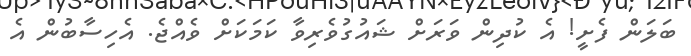
ބަލަން ފެށީ! އެ ކުދިން ވަރަށް ޝައުގުވެރިވާ ކަމަކަށް ވެއްޖެ. އެހިސާބުން އެ